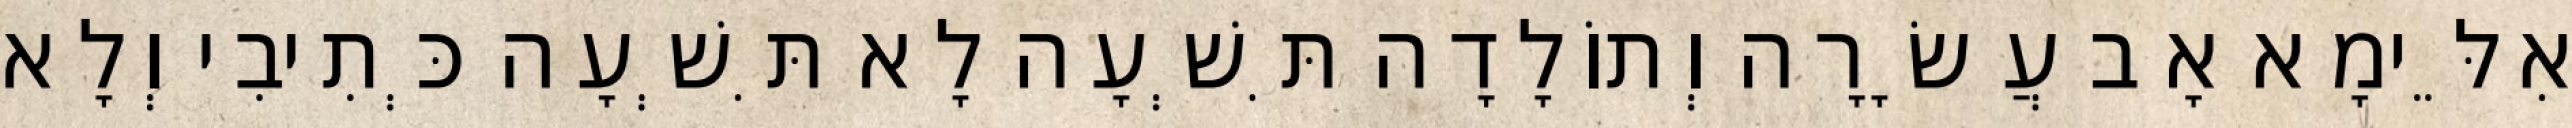
אִלֵּימָא אָב עֲשָׂרָה וְתוֹלָדָה תִּשְׁעָה לָא תִּשְׁעָה כְּתִיבִי וְלָא